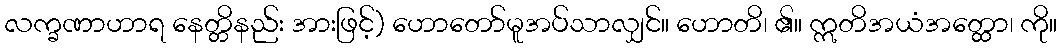
လက္ခဏာဟာရ နေတ္တိနည်း အားဖြင့်) ဟောတော်မူအပ်သာလျှင်။ ဟောတိ၊ ၏။ ဣတိအယံအတ္ထော၊ ကို။